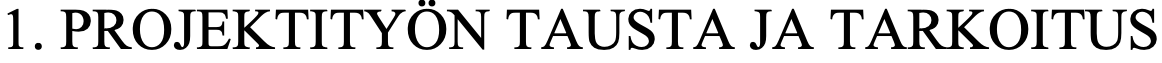
1. PROJEKTITYÖN TAUSTA  JA TARKOITUS